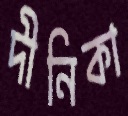
দীনিকা